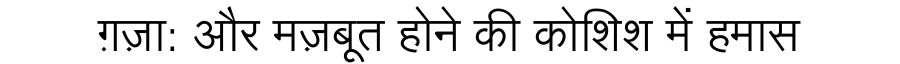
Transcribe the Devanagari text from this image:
ग़ज़ा: और मज़बूत होने की कोशिश में हमास